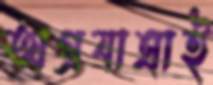
অগ্রযাত্রাই